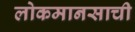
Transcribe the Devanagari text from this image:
लोकमानसाची